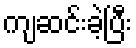
ကျဆင်းခဲ့ပြီး